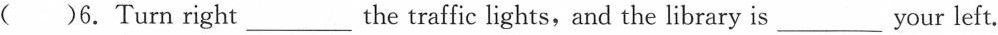
( )6.Turn right___the traffic lights, and the library is___your left.